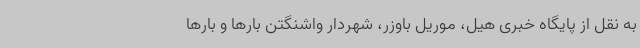
به نقل از پایگاه خبری هیل، موریل باوزر، شهردار واشنگتن بارها و بارها